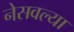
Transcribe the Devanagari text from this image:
नेसवल्या